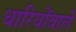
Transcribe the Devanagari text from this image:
धारियोंवाले